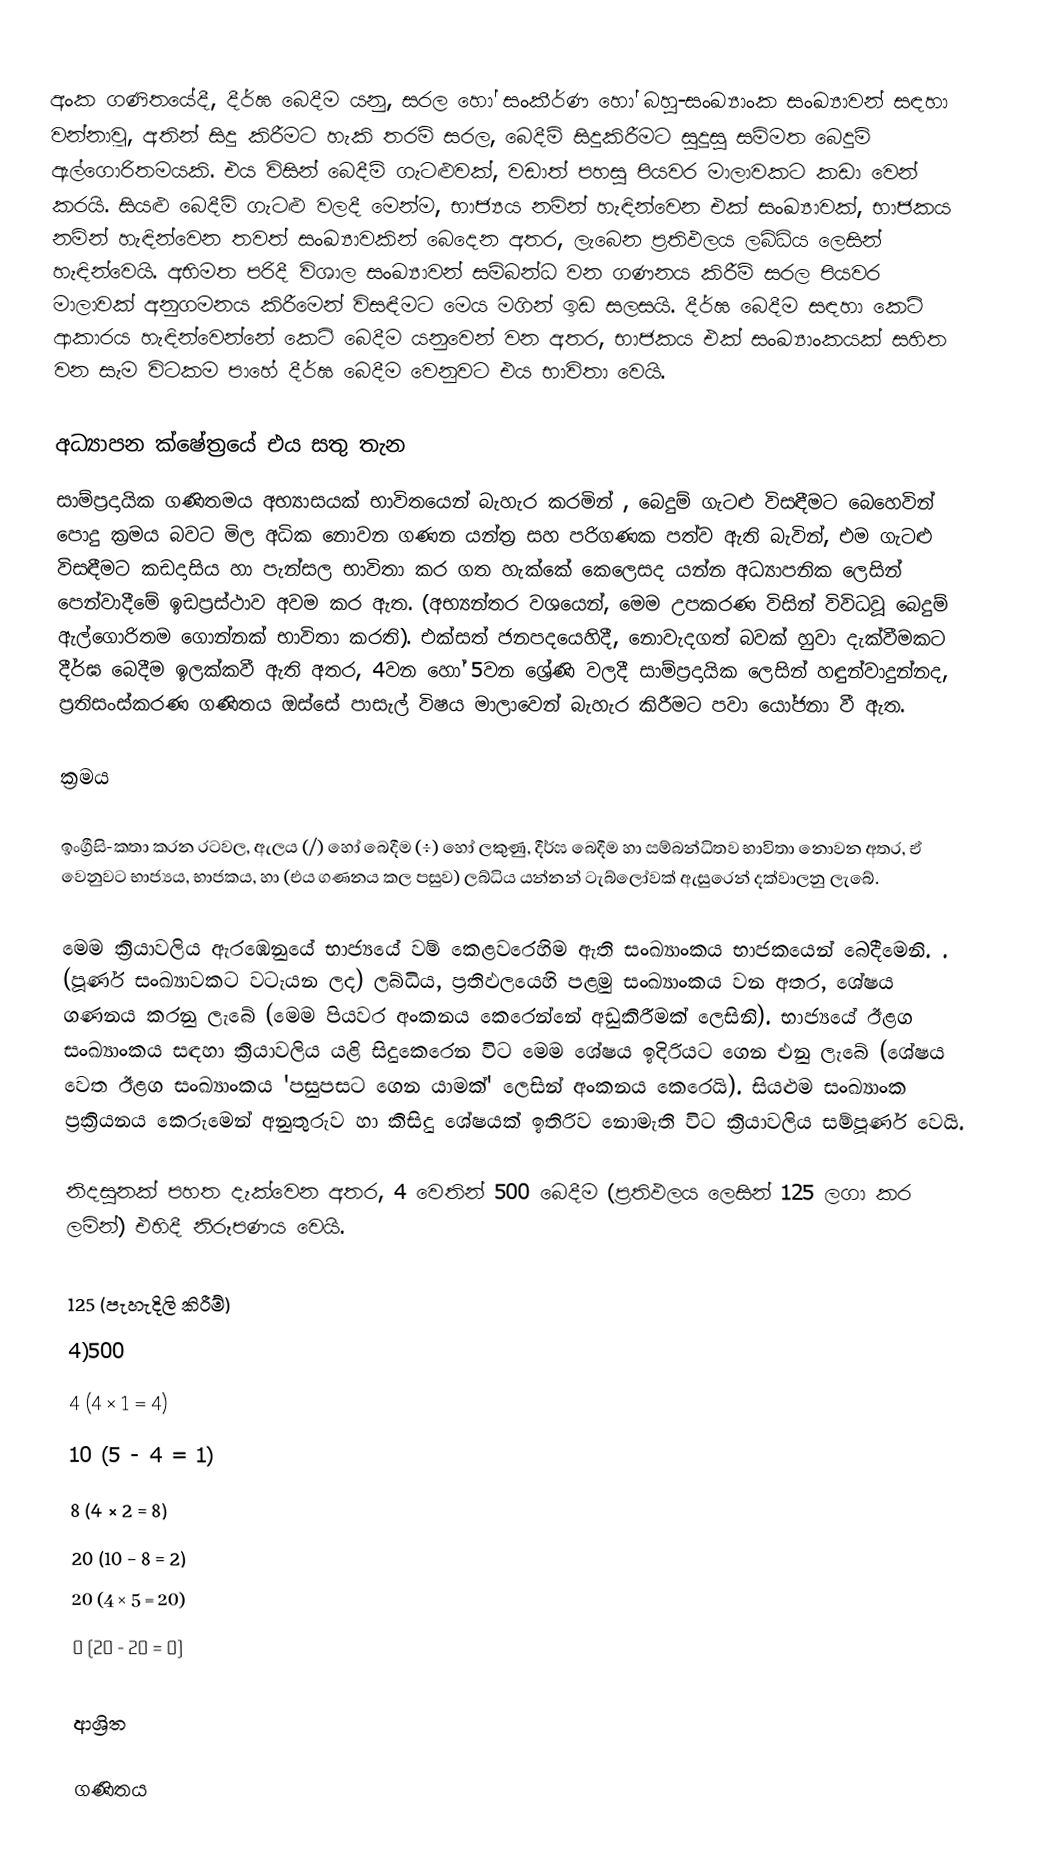
අංක ගණිතයේදී, දීර්ඝ බෙදීම යනු, සරල හෝ සංකීර්ණ  හෝ බහු-සංඛ්‍යාංක සංඛ්‍යාවන් සඳහා වන්නාවූ,  අතින් සිදු කිරීමට හැකි තරම් සරල,  බෙදීම් සිදුකිරීමට සුදුසු සම්මත බෙදුම් ඇල්ගොරිතමයකි. එය විසින් බෙදීම් ගැටළුවක්, වඩාත් පහසු පියවර මාලාවකට  කඩා වෙන් කරයි. සියළු බෙදීම් ගැටළු වලදී මෙන්ම, භාජ්‍යය නමින් හැඳින්වෙන එක් සංඛ්‍යාවක්, භාජකය නමින් හැඳින්වෙන තවත් සංඛ්‍යාවකින් බෙදෙන අතර,  ලැබෙන ප්‍රතිඵලය ලබ්ධිය ලෙසින් හැඳින්වෙයි. අභිමත පරිදී විශාල සංඛ්‍යාවන් සම්බන්ධ වන ගණනය කිරීම් සරල පියවර මාලාවක් අනුගමනය කිරීමෙන් විසඳීමට මෙය මගින් ඉඩ සලසයි.  දීර්ඝ බෙදීම සඳහා කෙටි ආකාරය හැඳින්වෙන්නේ කෙටි බෙදීම යනුවෙන් වන අතර, භාජකය එක් සංඛ්‍යාංකයක් සහිත වන සැම විටකම පාහේ දීර්ඝ බෙදීම වෙනුවට එය භාවිතා වෙයි.

අධ්‍යාපන ක්ෂේත්‍රයේ එය සතු තැන
සාම්ප්‍රදායික ගණිතමය අභ්‍යාසයක් භාවිතයෙන් බැහැර කරමින් , බෙදුම් ගැටළු විසඳීමට බෙහෙවින් පොදු ක්‍රමය බවට මිල අධික නොවන ගණන යන්ත්‍ර සහ පරිගණක පත්ව ඇති බැවින්,  එම ගැටළු විසඳීමට කඩදාසිය හා පැන්සල භාවිතා කර ගත හැක්කේ කෙලෙසද යන්න අධ්‍යාපනික ලෙසින් පෙන්වාදීමේ ඉඩප්‍රස්ථාව අවම කර ඇත. (අභ්‍යන්තර වශයෙන්, මෙම උපකරණ විසින් විවිධවූ බෙදුම් ඇල්ගොරිතම ගොන්නක් භාවිතා කරති). එක්සත් ජනපදයෙහිදී, නොවැදගත් බවක් හුවා දැක්වීමකට දීර්ඝ බෙදීම ඉලක්කවී ඇති අතර, 4වන හෝ 5වන ශ්‍රේණි වලදී  සාම්ප්‍රදායික ලෙසින් හඳුන්වාදුන්නද, ප්‍රතිසංස්කරණ ගණිතය ඔස්සේ  පාසැල් විෂය මාලාවෙන් බැහැර කිරීමට පවා යෝජනා වී ඇත.

ක්‍රමය

ඉංග්‍රීසි-කතා කරන රටවල, ඇලය (/) හෝ  බෙදීම (÷) හෝ ලකුණු, දීර්ඝ බෙදීම හා සම්බන්ධිතව භාවිතා නොවන අතර, ඒ වෙනුවට භාජ්‍යය, භාජකය, හා  (එය ගණනය කල පසුව) ලබ්ධිය යන්නන් ටැබ්ලෝවක් ඇසුරෙන් දක්වාලනු ලැබේ.

මෙම ක්‍රියාවලිය ඇරඹෙනුයේ භාජ්‍යයේ වම් කෙළවරෙහිම ඇති සංඛ්‍යාංකය භාජකයෙන් බෙදීමෙනි. .  (පූර්ණ සංඛ්‍යාවකට වටැයන ලද) ලබ්ධිය, ප්‍රතිඵලයෙහි පළමු සංඛ්‍යාංකය වන අතර, ශේෂය ගණනය කරනු ලැබේ (මෙම පියවර අංකනය කෙරෙන්නේ අඩුකිරීමක් ලෙසිනි). භාජ්‍යයේ ඊළග සංඛ්‍යාංකය සඳහා ක්‍රියාවලිය යළි සිදුකෙරෙන විට මෙම ශේෂය ඉදිරියට ගෙන එනු ලැබේ (ශේෂය වෙත  ඊළග සංඛ්‍යාංකය 'පසුපසට ගෙන යාමක්' ලෙසින් අංකනය කෙරෙයි). සියළුම සංඛ්‍යාංක ප්‍රක්‍රියනය කෙරුමෙන් අනුතුරුව හා කිසිදු ශේෂයක් ඉතිරිව නොමැති විට ක්‍රියාවලිය සම්පූර්ණ වෙයි.

නිදසුනක් පහත දැක්වෙන අතර, 4 වෙතින් 500 බෙදීම (ප්‍රතිඵලය ලෙසින් 125 ලගා කර ලමින්) එහිදී නිරූපණය වෙයි.

      125     (පැහැදිලි කිරීම්)
    4)500
      4        (4 ×  1 = 4)
      10       (5 -  4 = 1)
       8       (4 ×  2 = 8)
       20     (10 -  8 = 2)
       20      (4 ×  5 = 20)
        0     (20 - 20 = 0)

ආශ්‍රිත

ගණිතය